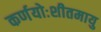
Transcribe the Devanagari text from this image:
कर्णयोःशीतमायु